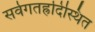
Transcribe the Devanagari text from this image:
सर्वगतह्रदिस्थित